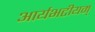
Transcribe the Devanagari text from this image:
आर्यभटीयम्‌